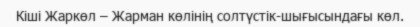
Кіші Жаркөл – Жарман көлінің солтүстік-шығысындағы көл.